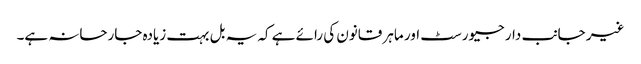
غیر جانب دار جیورسٹ اور ماہر قانون کی رائے ہے کہ یہ بل بہت زیادہ جارحانہ ہے۔